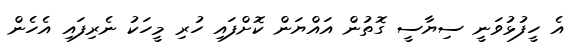
އެ ހީފުޅުވަނީ ސިޔާސީ ގޮތުން އައްޔަން ކޮށްފައި ހުރި މީހަކު ނެރިފައި އެހެން